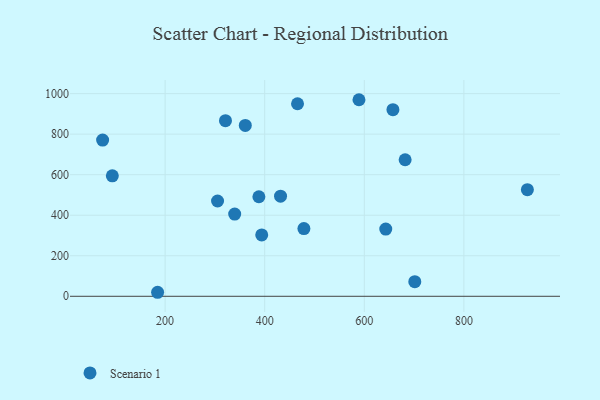
{"axis": {"x": "Experience", "y": "Fuel Efficiency"}, "legend": ["Scenario 1"], "data": [{"x": "361.0", "y": 843.2, "type": "Scenario 1"}, {"x": "394.0", "y": 302.8, "type": "Scenario 1"}, {"x": "643.1", "y": 331.7, "type": "Scenario 1"}, {"x": "184.9", "y": 19.8, "type": "Scenario 1"}, {"x": "388.3", "y": 491.3, "type": "Scenario 1"}, {"x": "431.8", "y": 494.0, "type": "Scenario 1"}, {"x": "682.0", "y": 673.8, "type": "Scenario 1"}, {"x": "657.5", "y": 920.8, "type": "Scenario 1"}, {"x": "74.5", "y": 770.8, "type": "Scenario 1"}, {"x": "701.4", "y": 72.3, "type": "Scenario 1"}, {"x": "321.2", "y": 866.4, "type": "Scenario 1"}, {"x": "94.0", "y": 594.4, "type": "Scenario 1"}, {"x": "927.5", "y": 526.0, "type": "Scenario 1"}, {"x": "339.7", "y": 405.8, "type": "Scenario 1"}, {"x": "478.7", "y": 334.3, "type": "Scenario 1"}, {"x": "465.9", "y": 950.1, "type": "Scenario 1"}, {"x": "305.3", "y": 470.3, "type": "Scenario 1"}, {"x": "589.3", "y": 970.0, "type": "Scenario 1"}]}